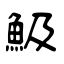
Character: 魥